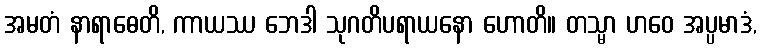
အမတံ နာရာဓေတိ, ကာယဿ ဘေဒါ သုဂတိပရာယနော ဟောတိ။ တသ္မာ ဟဝေ အပ္ပမာဒံ,